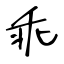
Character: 乖